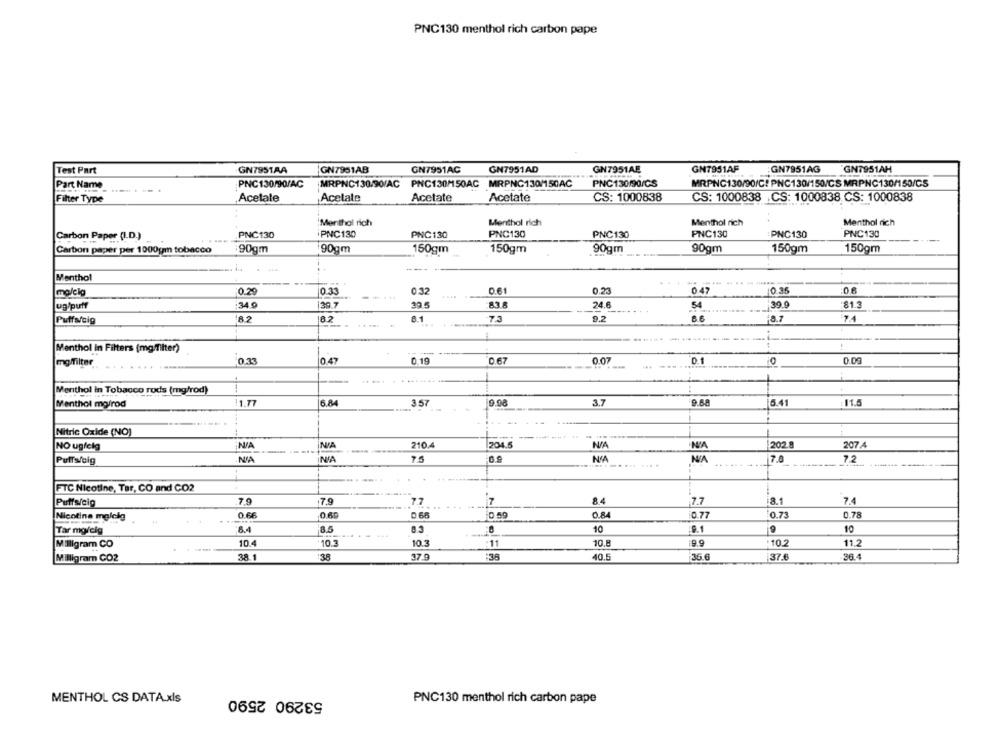
PNC130 menthol rich carbon pape
Test Part
GN7951AA
GN7951AB
GN7951AC
GN7951AD
GN7951AE
GM7951AF
GN7951AG
GN7951AH
Part Name
PNC130/90/AC
MRPNC130/90/AC PNC130M50AC MRPNC130/150AC
PNC130/90/CS
MRPNC130/90/C! PNC130/150/CS MRPNC130/150/GS
Filter Type
Acelale
Acetate
Acetate
Acetate
CS: 1000838
CS: 1000838 CS: 1000838 CS: 1000838
'Menthol rich
Menthol rich
Menthol rich
Menthol rich
Carbon Paper (LD.)
PNC130
PNC130
PNC130
PNC130
PNC130
PNC130
PNC130
PNC130
Carbon paper per 1000gm tobacco
90gm
90gm
150gm
150gm
90gm
90gm
150gm
150gm
44.44
Menthol
0.32
0.61
0.23
0 47
0 35
ma/elg
0.29
0.33
ug/puff
340
139.7
29.5
83.6
24.6
54
:399
81.3
18.2
6.1
7.3
9.2
86
8.7
7.4
Puffs/cig
Menthol In Filters (mg/filter)
---
mg/filter
10.47
0.19
0.67
0.07
0.1
0.09
Menthol In Tobacco rods (mg/rod)
3.7
6.41
Menthol mg/rod
11.77
6.84
3.57
11.5
Nitric Oxide (NO)
NO ugfelg
NIA
210.4
204.5
202.8
207 4
Puffs/oig
NA
INIA
7.0
7.2
FTC Nicotine, Tar, CO and CO2
Puffs/cig
7.9
7,9
7.7
7
84
7.7
8.1
7.4
0.84
Nicotine malela
0.66
0 66
10.59
0.77
0.73
0.78
Tar mg/cig
8.4
8.5
10
9.1
10
10.4
10.3
10.8
19.9
10
11.2
Milligram CO
10.3
11
38.1
:38
37.9
:36
40.5
36.6
37.6
36.4
Milligram CO2
53290 2590
MENTHOL CS DATA.xls
PNC130 menthol rich carbon pape